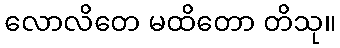
လောလိတေ မထိတော တိသု။